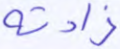
زادته